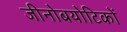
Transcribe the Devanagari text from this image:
जीनोबयोटिकों